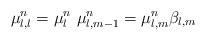
LaTeX: \begin{align*}\ \mu_{l,l}^{n}=\mu_{l}^{n}\ \mu_{l,m-1}^{n}=\mu_{l,m}^{n}\beta_{l,m}\end{align*}